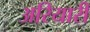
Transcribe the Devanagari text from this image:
अरियारी